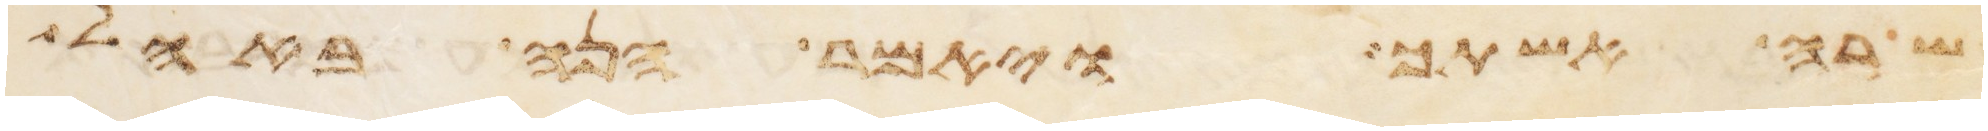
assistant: שרה אשתך ויאמר הנה באהל